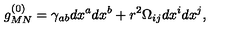
g _ { M N } ^ { ( 0 ) } = \gamma _ { a b } d x ^ { a } d x ^ { b } + r ^ { 2 } \Omega _ { i j } d x ^ { i } d x ^ { j } ,